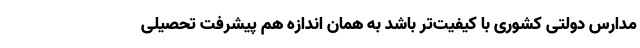
مدارس دولتی کشوری با کیفیت‌تر باشد به همان اندازه هم پیشرفت تحصیلی